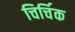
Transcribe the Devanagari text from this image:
चिर्चिक